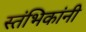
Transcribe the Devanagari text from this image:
स्तंभिकांनी